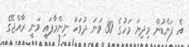
އެ ފަންޑުން މިދިޔަ މަހުގެ 30 ވަނަ ދުވަހު ނިންމާފައި ވަނީ ރާއްޖޭގެ